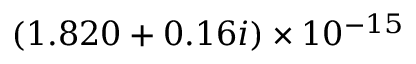
( 1 . 8 2 0 + 0 . 1 6 i ) \times 1 0 ^ { - 1 5 }